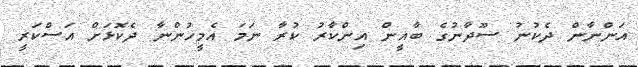
އަންނާން ދެކުނު ސޫދާނުގެ ބާޣީން އިންކާރު ކުރާ ނަމަ އެމީހުންނާ ދެކޮޅަށް އަސްކަރީ